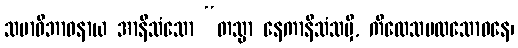
သမာဓိဘာဝနာယ အာနိသံသော “တသ္မာ နေကာနိသံသမှိ, ကိလေသမလသောဓနေ၊